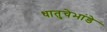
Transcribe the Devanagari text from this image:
धातुचेभांडे